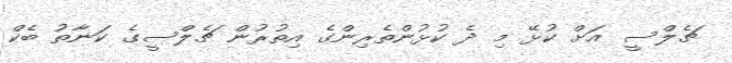
ޗެލްސީ އަށް ކުޅޭ މި ދެ ކުޅުންތެރިންގެ އިތުރުން ޗެލްސީގެ ކަނާތު ބެކް